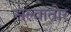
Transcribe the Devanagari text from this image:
सल्वातोर